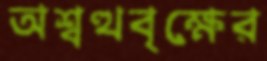
অশ্বত্থবৃক্ষের